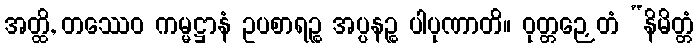
အတ္ထိ, တဿေဝ ကမ္မဋ္ဌာနံ ဥပစာရဉ္စ အပ္ပနဉ္စ ပါပုဏာတိ။ ဝုတ္တဉှေတံ “နိမိတ္တံ